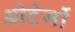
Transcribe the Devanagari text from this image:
ओदेर्जो